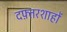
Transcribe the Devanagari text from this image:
दफ़्तरशाहों